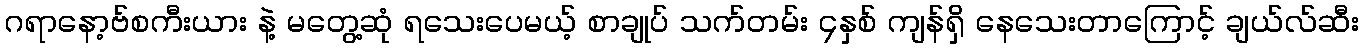
ဂရာနော့ဗ်စကီးယား နဲ့ မတွေ့ဆုံ ရသေးပေမယ့် စာချုပ် သက်တမ်း ၄နှစ် ကျန်ရှိ နေသေးတာကြောင့် ချယ်လ်ဆီး